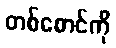
တစ်စောင်ကို